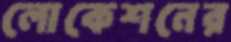
লোকেশনের